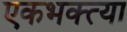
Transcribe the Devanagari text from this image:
एकभक्त्या